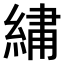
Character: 𫃯